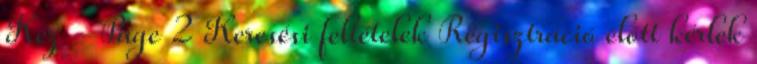
Kéz - Page 2 Keresési feltételek Regisztráció előtt kérlek